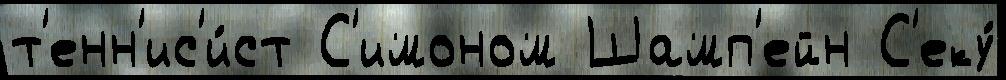
т'енн'ис'и́ст С'имоном Шамп'ейн С'еку́